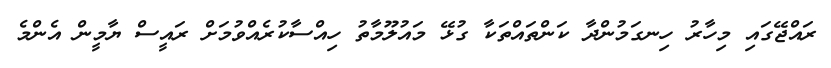
ރައްޖޭގައި މިހާރު ހިނގަމުންދާ ކަންތައްތަކާ ގުޅޭ މައުލޫމާތު ހިއްސާކުރެއްވުމަށް ރައީސް ޔާމީން އެންމެ